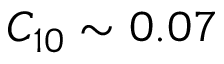
C _ { 1 0 } \sim 0 . 0 7